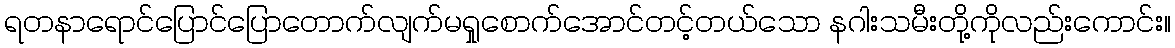
ရတနာရောင်ပြောင်ပြောတောက်လျက်မရှုစောက်အောင်တင့်တယ်သော နဂါးသမီးတို့ကိုလည်းကောင်း။